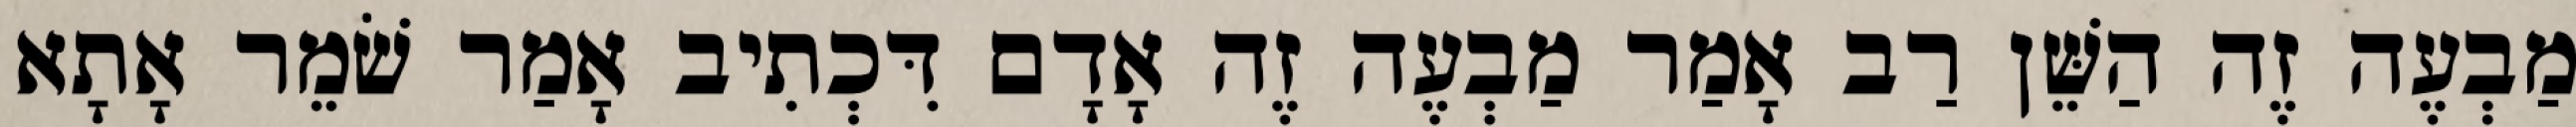
מַבְעֶה זֶה הַשֵּׁן רַב אָמַר מַבְעֶה זֶה אָדָם דִּכְתִיב אָמַר שֹׁמֵר אָתָא